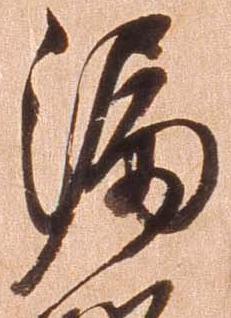
漏